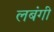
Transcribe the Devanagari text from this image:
लबंगी